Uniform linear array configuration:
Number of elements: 12
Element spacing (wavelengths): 0.75
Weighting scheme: kaiser
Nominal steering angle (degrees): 45
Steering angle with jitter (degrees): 46.375
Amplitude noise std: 0.05
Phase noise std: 0.05

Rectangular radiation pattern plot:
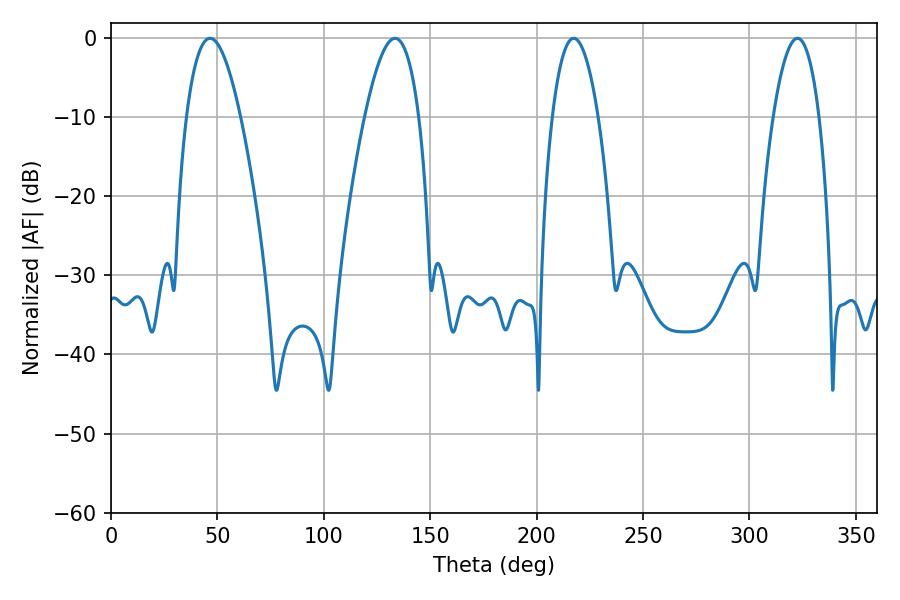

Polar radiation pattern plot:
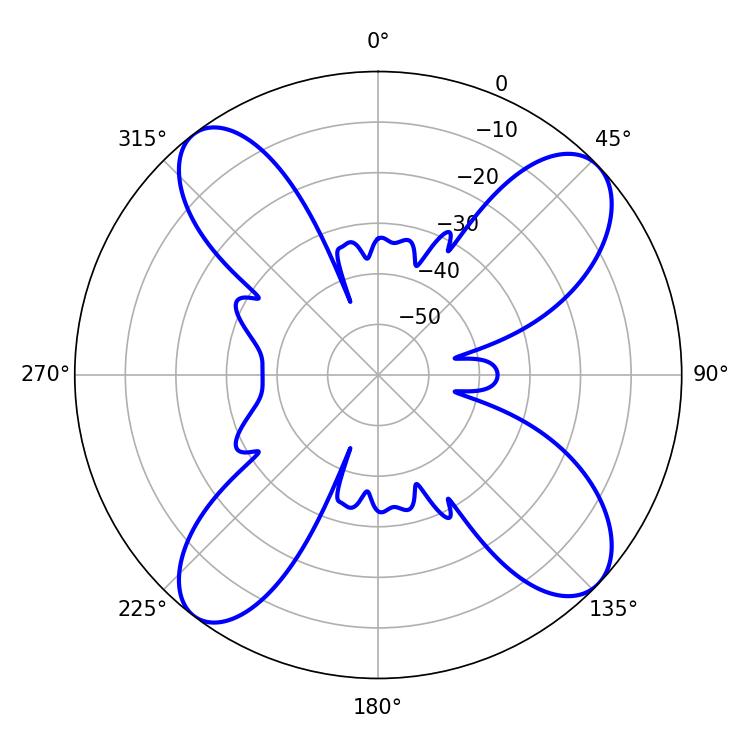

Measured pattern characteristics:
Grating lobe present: TRUE
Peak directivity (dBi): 12.568
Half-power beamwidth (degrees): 11.88
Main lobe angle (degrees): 217.44